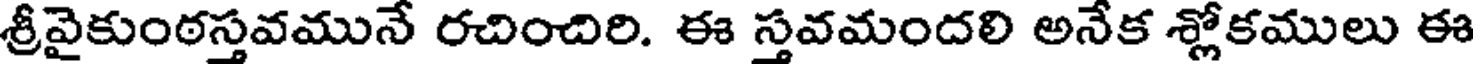
శ్రీవైకుంఠస్తవమునే రచించిరి. ఈ స్తవమందలి అనేక శ్లోకములు ఈ